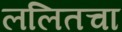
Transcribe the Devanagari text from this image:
ललितचा